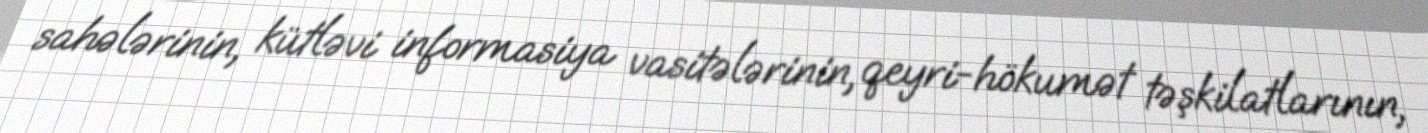
sahələrinin, kütləvi informasiya vasitələrinin, qeyri-hökumət təşkilatlarının,